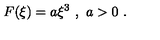
F ( \xi ) = a \xi ^ { 3 } \ , \ a > 0 \ .